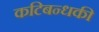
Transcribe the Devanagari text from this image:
कटिबन्धकी